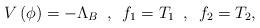
LaTeX: \begin{align*}V\left( \phi\right) = - \Lambda_B \,\,\, ,\,\,\, f_1 = T_1\,\,\, ,\,\,\, f_2 = T_2 ,\end{align*}